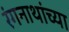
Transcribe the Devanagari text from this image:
रंगनाथांच्या